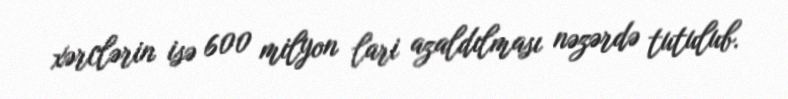
xərclərin isə 600 milyon lari azaldılması nəzərdə tutulub.